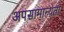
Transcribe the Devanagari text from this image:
अपसामान्यता